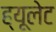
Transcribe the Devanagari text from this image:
ह्यूलेट